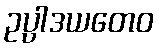
ဥပ္ပါဒယတေဝ